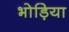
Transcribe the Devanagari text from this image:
भोड़िया